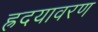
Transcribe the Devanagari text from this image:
ह्रदयावरण